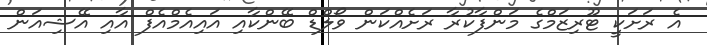
އެ ރަށަކީ ޓޫރިޒަމްގެ މަންފާކުރާ ރަށެއްކަން ވޯލްޑް ބޭންކާއި އައިއެމްއެފް އާއި އޭޝިއަން